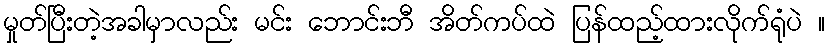
မှုတ်ပြီးတဲ့အခါမှာလည်း မင်း ဘောင်းဘီ အိတ်ကပ်ထဲ ပြန်ထည့်ထားလိုက်ရုံပဲ ။